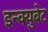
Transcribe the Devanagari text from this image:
इन्क्युबेट